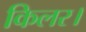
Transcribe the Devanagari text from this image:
किलर।